Annual report on the working of the mental hospitals in the Madras Presidency - 1912-1932
Year: 1912
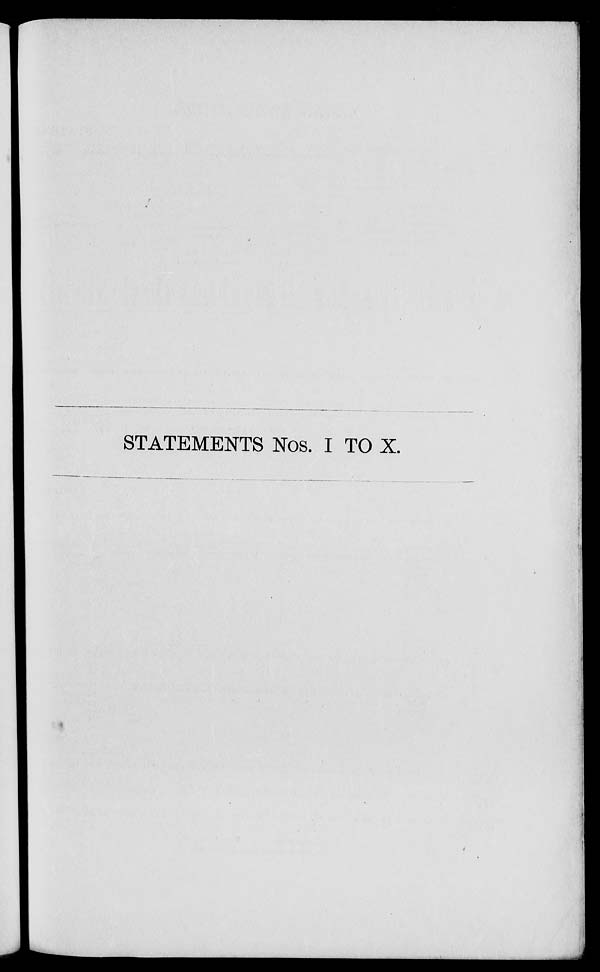
STATEMENTS Nos. I TO X.